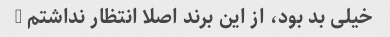
خیلی بد بود، از این برند اصلا انتظار نداشتم …